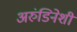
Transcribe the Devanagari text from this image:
अरुंडिनेशी